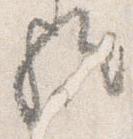
歟